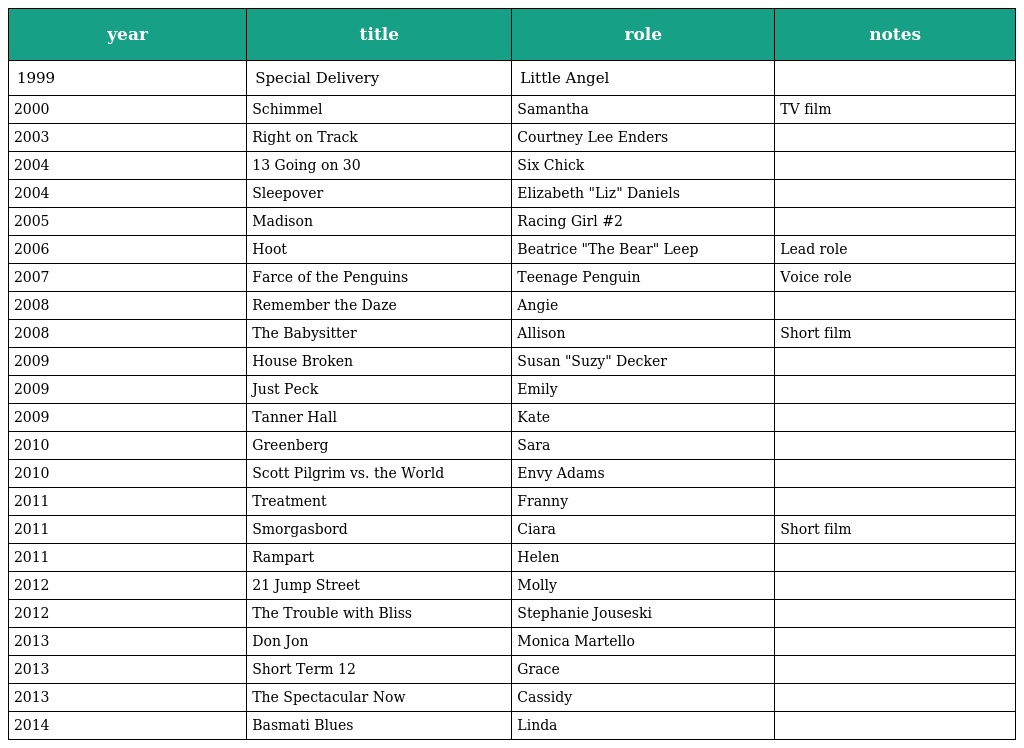
| year | title | role | notes |
 | --- | --- | --- | --- |
 | 1999 | Special Delivery | Little Angel |  |
 | 2000 | Schimmel | Samantha | TV film |
 | 2003 | Right on Track | Courtney Lee Enders |  |
 | 2004 | 13 Going on 30 | Six Chick |  |
 | 2004 | Sleepover | Elizabeth "Liz" Daniels |  |
 | 2005 | Madison | Racing Girl #2 |  |
 | 2006 | Hoot | Beatrice "The Bear" Leep | Lead role |
 | 2007 | Farce of the Penguins | Teenage Penguin | Voice role |
 | 2008 | Remember the Daze | Angie |  |
 | 2008 | The Babysitter | Allison | Short film |
 | 2009 | House Broken | Susan "Suzy" Decker |  |
 | 2009 | Just Peck | Emily |  |
 | 2009 | Tanner Hall | Kate |  |
 | 2010 | Greenberg | Sara |  |
 | 2010 | Scott Pilgrim vs. the World | Envy Adams |  |
 | 2011 | Treatment | Franny |  |
 | 2011 | Smorgasbord | Ciara | Short film |
 | 2011 | Rampart | Helen |  |
 | 2012 | 21 Jump Street | Molly |  |
 | 2012 | The Trouble with Bliss | Stephanie Jouseski |  |
 | 2013 | Don Jon | Monica Martello |  |
 | 2013 | Short Term 12 | Grace |  |
 | 2013 | The Spectacular Now | Cassidy |  |
 | 2014 | Basmati Blues | Linda |  |